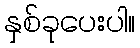
နှစ်ခုပေးပါ။